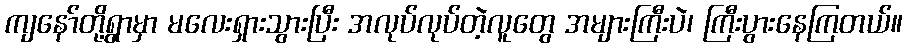
ကျနော်တို့ရွာမှာ မလေးရှားသွားပြီး အလုပ်လုပ်တဲ့လူတွေ အများကြီးပဲ၊ ကြီးပွားနေကြတယ်။